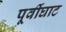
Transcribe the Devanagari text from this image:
पूर्वीघाट